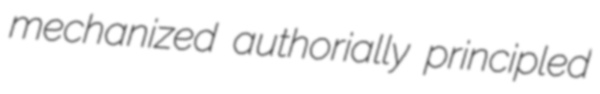
mechanized authorially principled